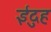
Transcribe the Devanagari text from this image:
ईदुह